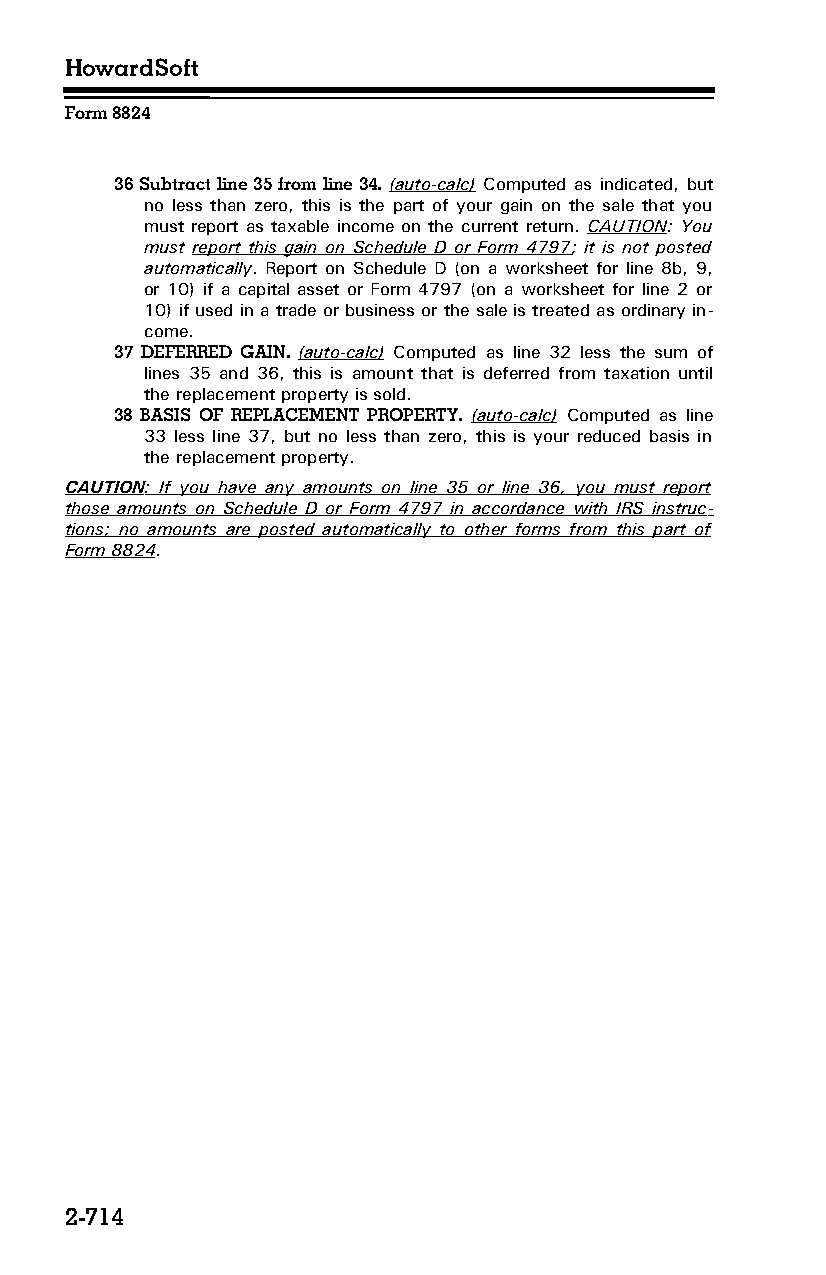
HowardSoft
 Form 8824
 36 Subtract line 35 from line 34. (auto-calc) Computed as indicated, but
 no less than zero, this is the part of your gain on the sale that you
 must report as taxable income on the current return. CAUTION: You
 must report this gain on Schedule D or Form 4797; it is not posted
 automatically. Report on Schedule D (on a worksheet for line 8b, 9,
 or 10) if a capital asset or Form 4797 (on a worksheet for line 2 or
 10) if used in a trade or business or the sale is treated as ordinary in­
 come.
 37 DEFERRED GAIN. (auto-calc) Computed as line 32 less the sum of
 lines 35 and 36, this is amount that is deferred from taxation until
 the replacement property is sold.
 38 BASIS OF REPLACEMENT PROPERTY. (auto-calc) Computed as line
 33 less line 37, but no less than zero, this is your reduced basis in
 the replacement property.
 CAUTION : If you have any amounts on line 35 or line 36, you must report
 those amounts on Schedule D or Form 4797 in accordance with IRS instruc­
 tions; no amounts are posted automatically to other forms from this part of
 Form 8824.
 2-714